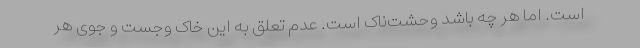
است. اما هر چه باشد وحشت‌ناک است. عدم تعلق به این خاک وجست و جوی هر